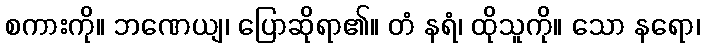
စကားကို။ ဘဏေယျ၊ ပြောဆိုရာ၏။ တံ နရံ၊ ထိုသူကို။ သော နရော၊